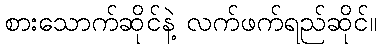
စားသောက်ဆိုင်နဲ့ လက်ဖက်ရည်ဆိုင်။